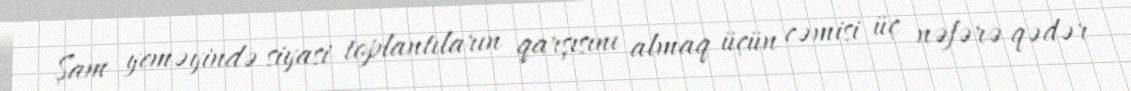
Şam yeməyində siyasi toplantıların qarşısını almaq üçün cəmisi üç nəfərə qədər